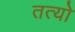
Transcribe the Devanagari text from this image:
तत्यो